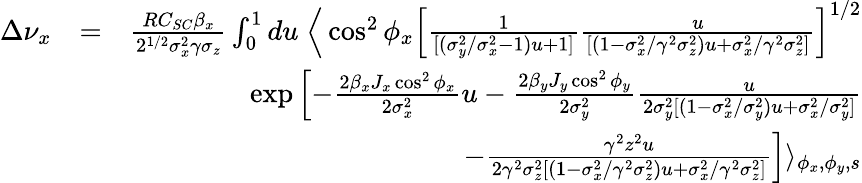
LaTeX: \begin{array}{rlr}{\Delta\nu_{x}}&{=}&{\frac{RC_{SC}\beta_{x}}{2^{1/2}\sigma_{x}^{2}\gamma\sigma_{z}}\int_{0}^{1}du\; \Big\langle\cos^{2}\phi_{x}\left[\frac{1}{[(\sigma_{y}^{2}/\sigma_{x}^{2}-1)u+1]}\frac{u}{[(1-\sigma_{x}^{2}/\gamma^{2}\sigma_{z}^{2})u+\sigma_{x}^{2}/\gamma^{2}\sigma_{z}^{2}]}\right]^{1/2}}\\ &{}&{\exp\left[-\frac{2\beta_{x}J_{x}\cos^{2}\phi_{x}}{2\sigma_{x}^{2}}u-\frac{2\beta_{y}J_{y}\cos^{2}\phi_{y}}{2\sigma_{y}^{2}}\frac{u}{2\sigma_{y}^{2}[(1-\sigma_{x}^{2}/\sigma_{y}^{2})u+\sigma_{x}^{2}/\sigma_{y}^{2}]}\right.}\\ &{}&{\left.-\frac{\gamma^{2}z^{2}u}{2\gamma^{2}\sigma_{z}^{2}[(1-\sigma_{x}^{2}/\gamma^{2}\sigma_{z}^{2})u+\sigma_{x}^{2}/\gamma^{2}\sigma_{z}^{2}]}\right]\rangle_{\phi_{x},\phi_{y},s}}\end{array}